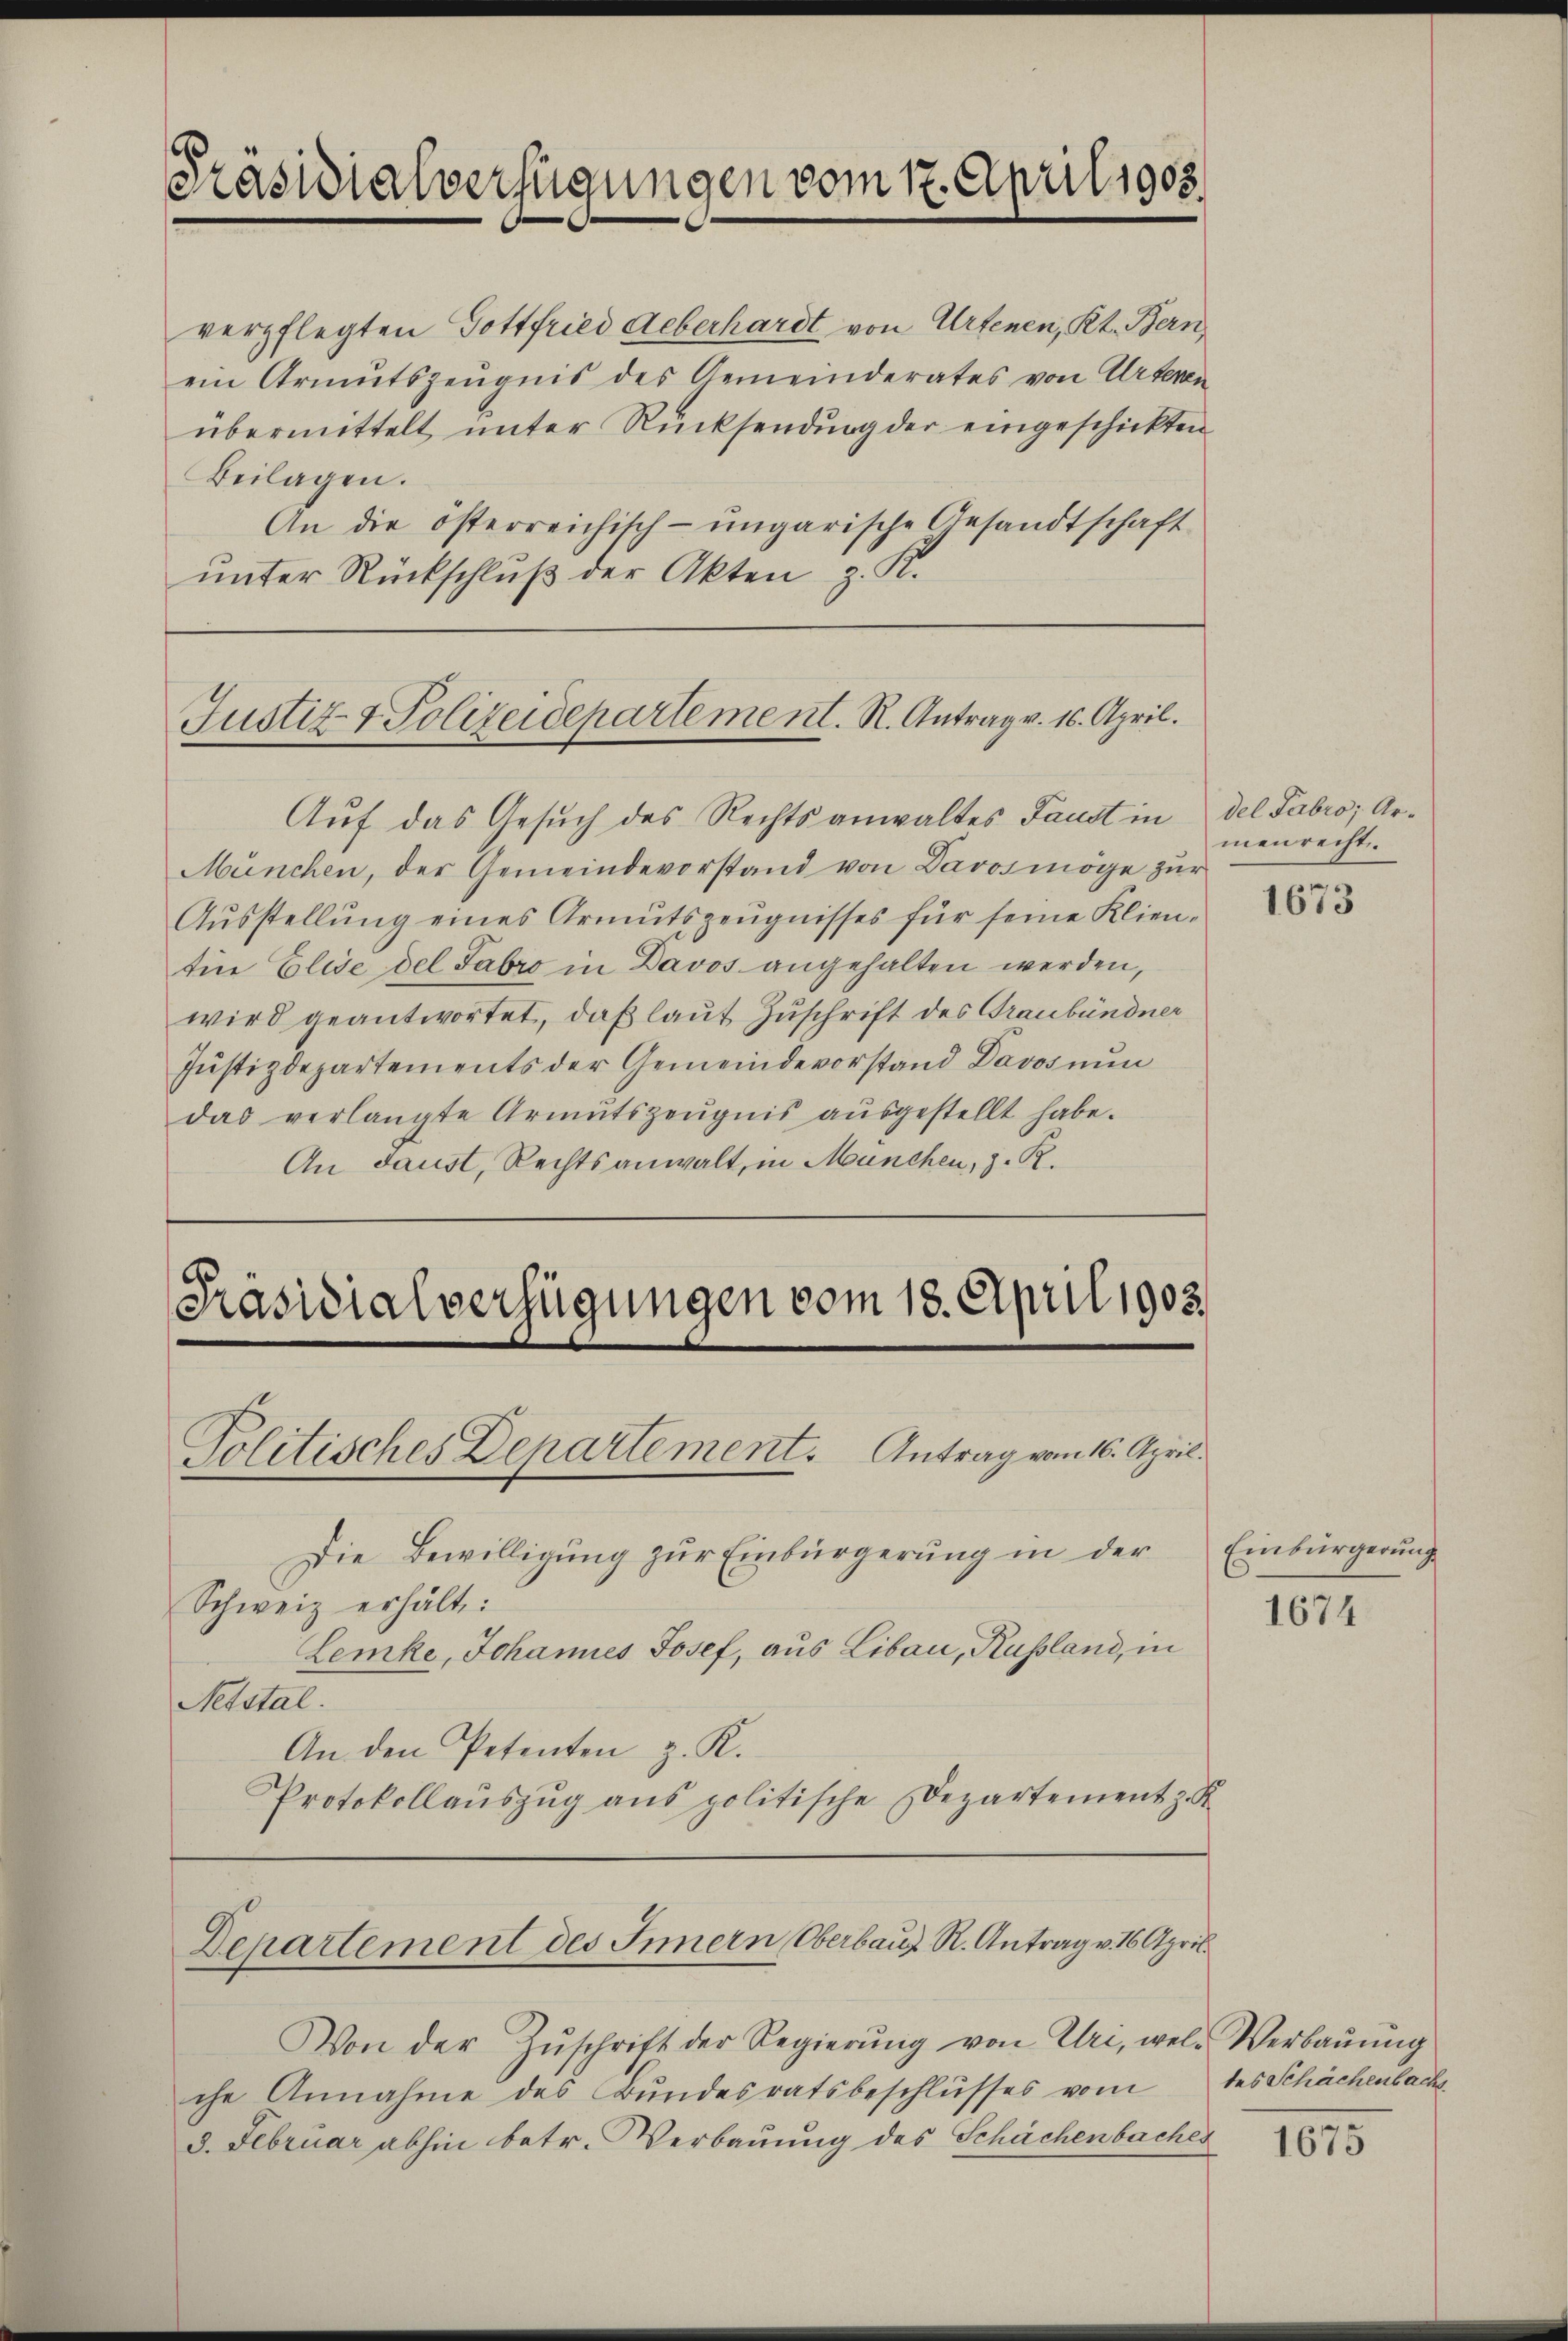
Präsidialverfügungen vom 17. April 1905.

Justiz- & Polizeidepartement. R. Antrag v. 16. April.

verpflegten Gottfried Ueberhardt von Artenen, Kt. Bern,
ein Armutszeugnis des Gemeinderates von Urteien
übermittelt, unter Rücksendung der eingeschickten
Beilagen.
An die österreichisch-ungarische Gesandtschaft
unter Rückschluß der Akten z. K.

Auf das Gesuch des Rechtsanwaltes Faust in del Fabro; Ar¬
München, der Gemeindevorstand von Davos möge zur
Aŭsstellŭng eines Armutszeŭgnisses für seine Klien-
tine Elise del Fabro in Davos angehalten werden,
wird geantwortet, daß laut Zuschrift des Graubündner
Justizdepartements der Gemeindevorstand Davos nun
das verlangte Armutszeŭgnis aŭsgestellt habe.
An daust, Rechtsanwalt, in München, z. R.

Präsidialverfügungen vom 18. April 1903.
Politisches Departement. Antrag vom 16. April.

Departement des Innern Oberbaut R. Antrag v. 16. April.

Von der Zŭschrift der Regierŭng von Uri, wel- Verbaŭŭng
che Annahme des Bundesratsbeschlusses vom
d. Februar abhin betr. Verbauung des Schächenbaches

menrecht.

Die Bewilligŭng zŭr Einbürgerung in der Einbürgerung
Schweiz erhält:
Lemke, Johannes Josef, aus Libau, Kussland, in
Nebstal.
An den Petenten z. K.
Protokollauszug aus politische Departement z. K.

1673

1674

1675

tes Schächenbachs